Elephants and their diseases
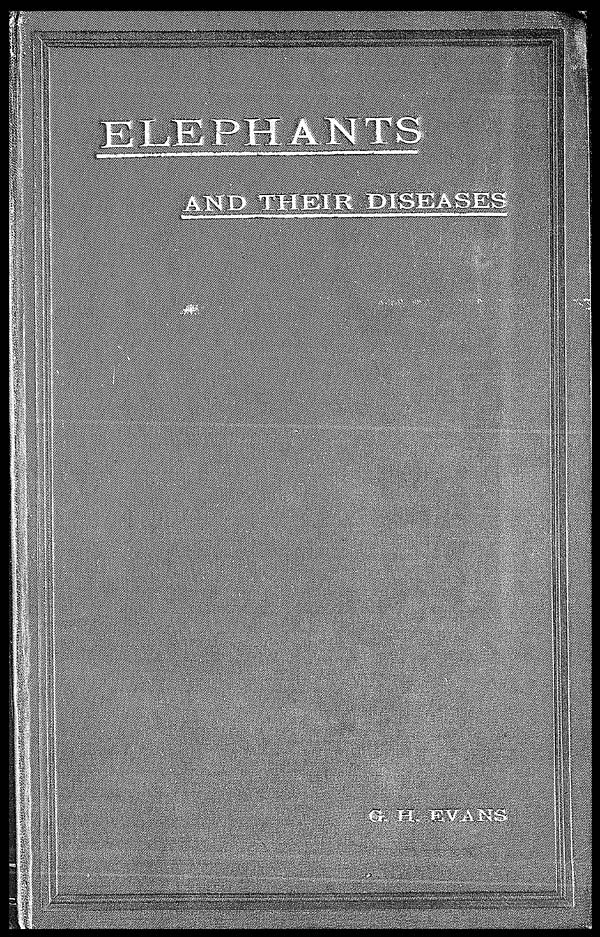
ELEPHANTS
ANT THEIR DISEASES
G. H. EVANS